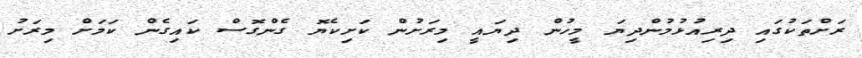
ރަށްތަކުގައި ދިރިއުޅުމުންދިޔަ މީހުން ދިޔައީ މިރަށުން ކަށިކެޔޮ ގެންގޮސް ކައިގެން ކަމަށް މިރަށު